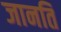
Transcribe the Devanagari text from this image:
जानति